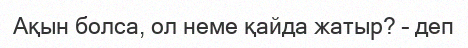
Ақын болса, ол неме қайда жатыр? – деп